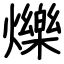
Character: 爍